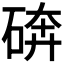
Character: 𰧆